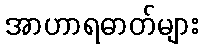
အာဟာရဓာတ်များ